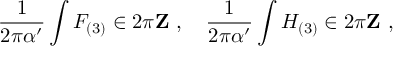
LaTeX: \frac { 1 } { 2 \pi \alpha ^ { \prime } } \int F _ { ( 3 ) } \in 2 \pi { \bf Z } \ , \quad \frac { 1 } { 2 \pi \alpha ^ { \prime } } \int H _ { ( 3 ) } \in 2 \pi { \bf Z } \ ,